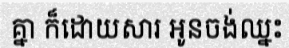
គ្នា ក៏ដោយសារ អូនចង់ឈ្នះ